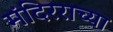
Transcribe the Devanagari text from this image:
मंदिरराच्या